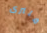
فلنرى